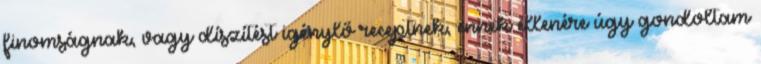
finomságnak, vagy díszítést igénylő receptnek, ennek ellenére úgy gondoltam